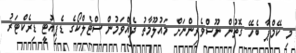
މި ކޭމްޕާ ބެހޭ ގޮތުން ނޫސްވެރިންނަށް މައުލޫމާތު ދެއްވަމުން ސްޓެލްކޯގެ ޑެޕިއުޓީ ޑިރެކްޓަރު